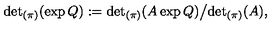
{ \det } _ { ( \pi ) } ( \exp Q ) : = { \det } _ { ( \pi ) } ( A \exp Q ) \big / { \det } _ { ( \pi ) } ( A ) ,